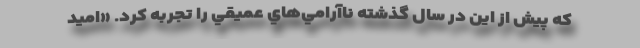
كه پيش از اين در سال گذشته ناآرامي‌هاي عميقي را تجربه كرد. «اميد